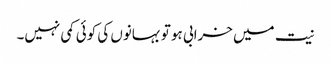
نیت میں خرابی ہو تو بہانوں کی کوئی کمی نہیں۔